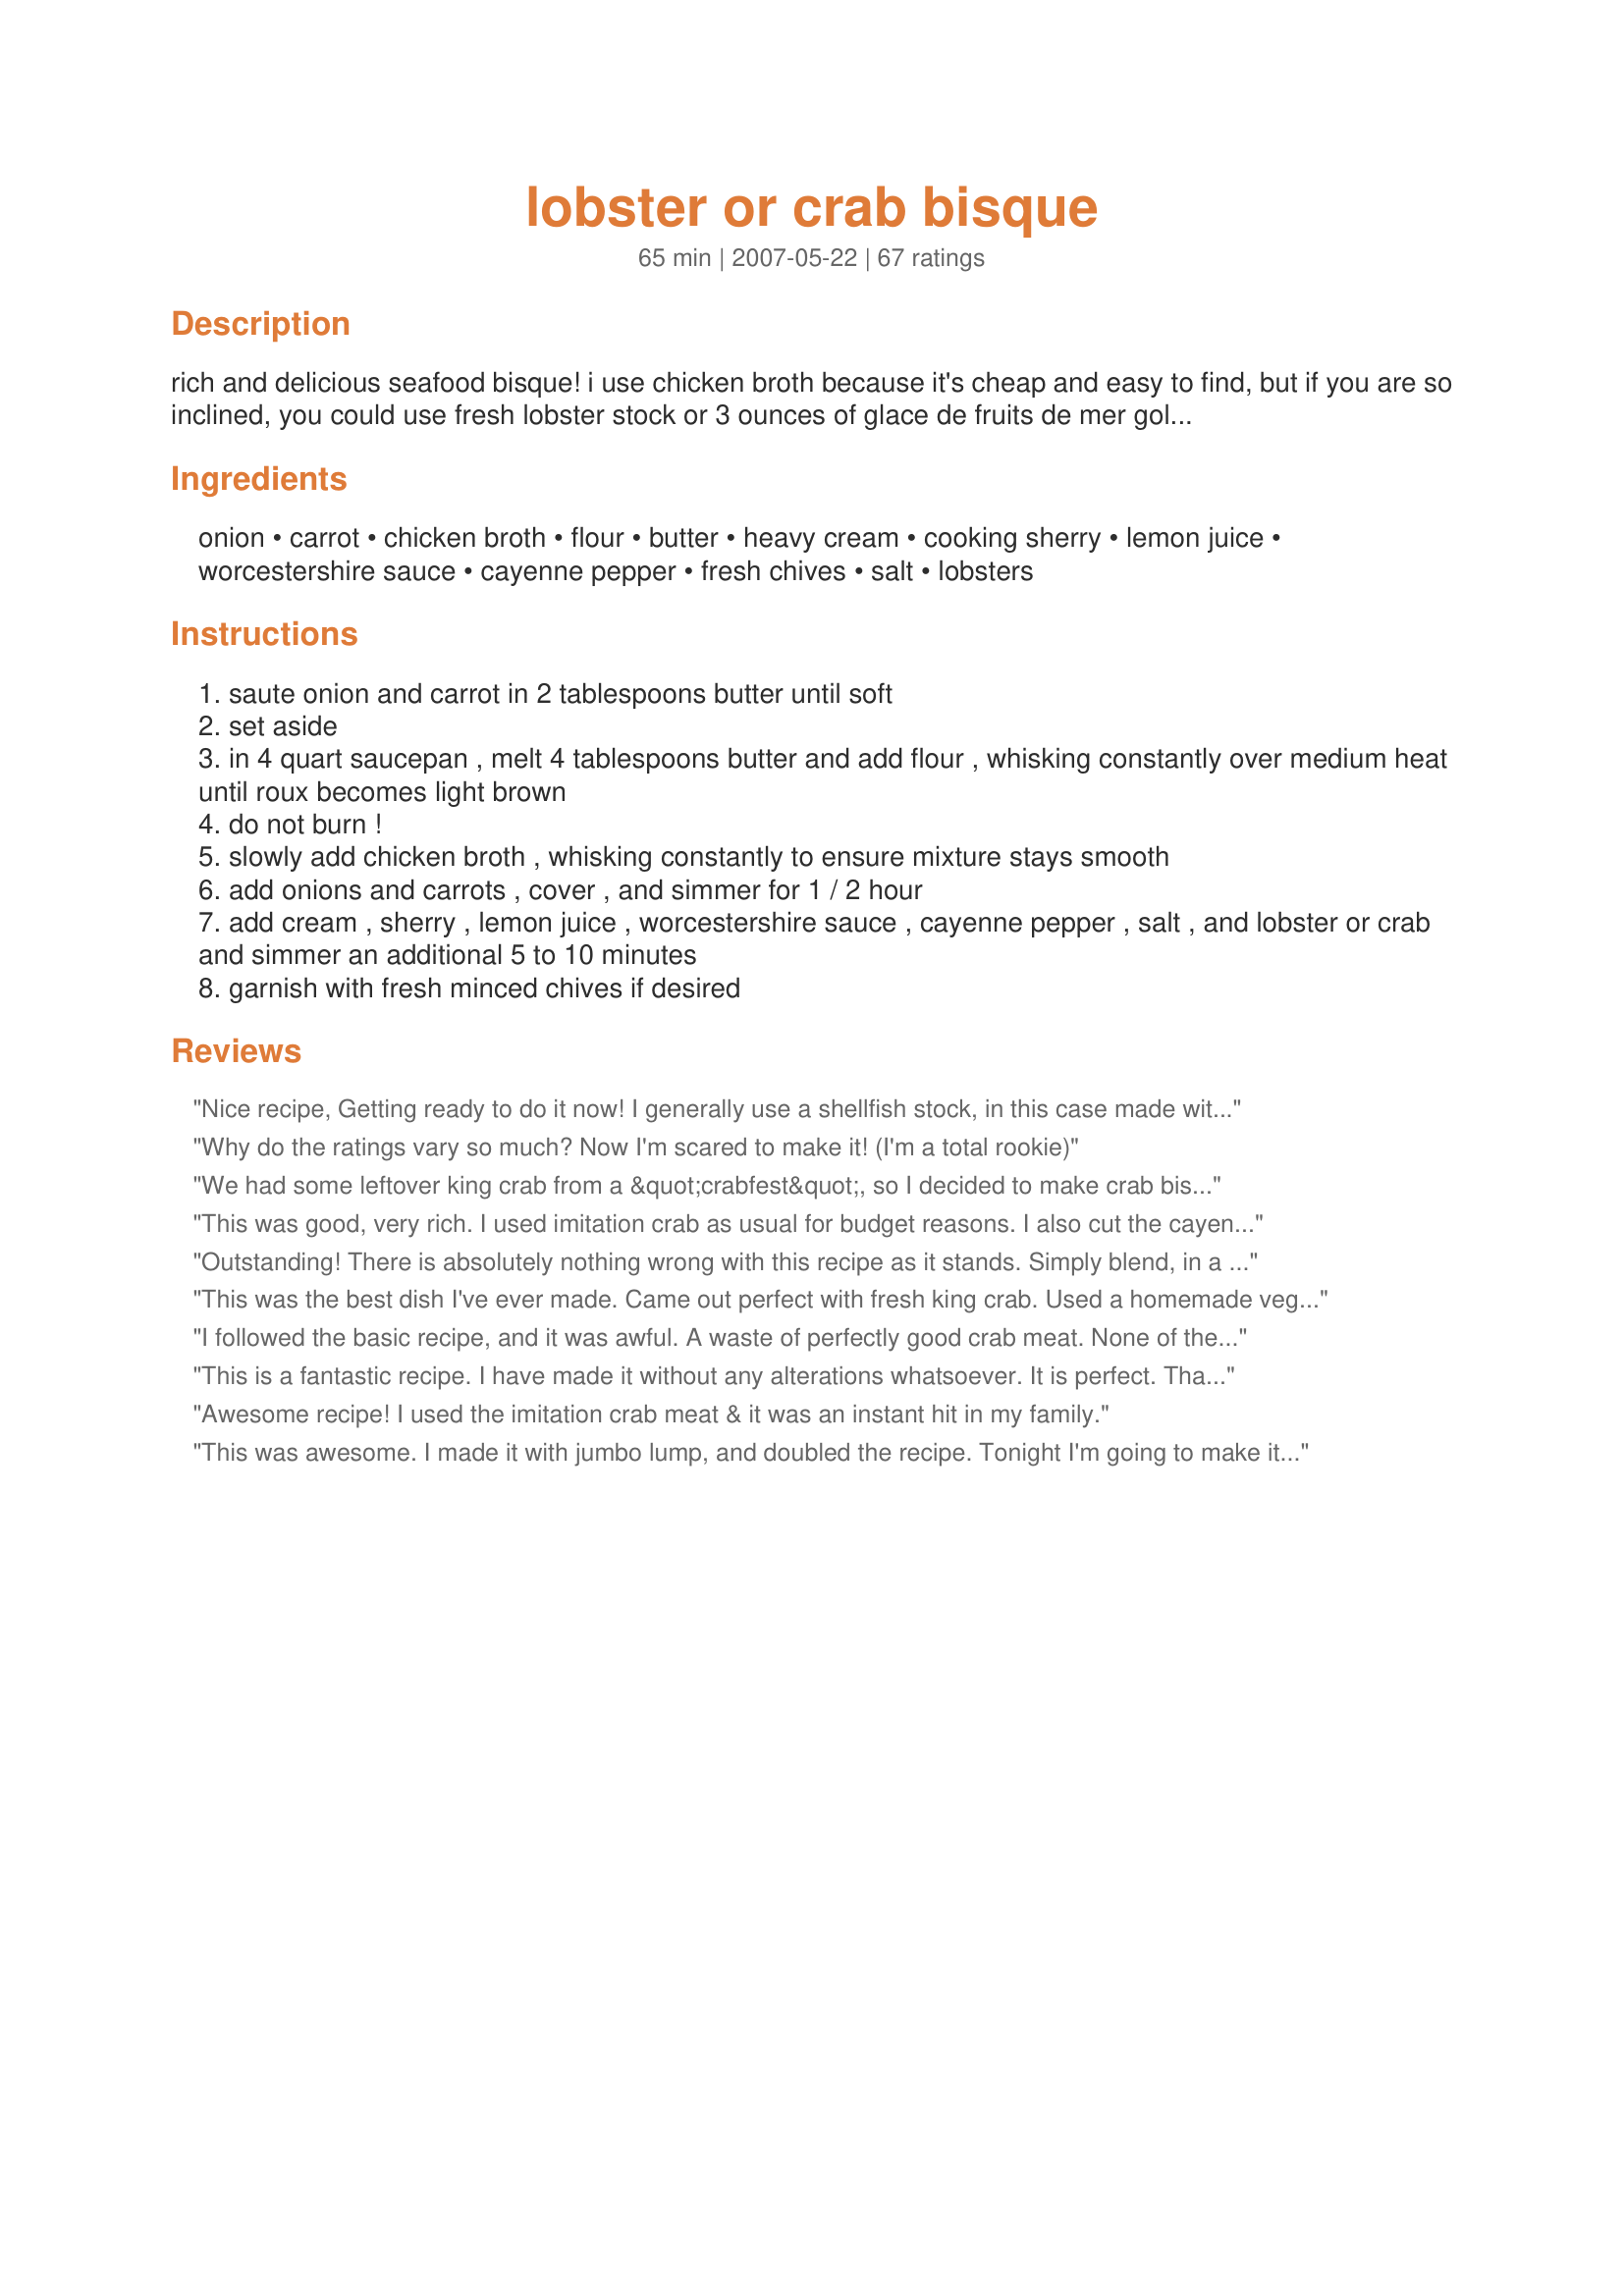
lobster or crab bisque
Preparation time: 65 minutes

rich and delicious seafood bisque! i use chicken broth because it's cheap and easy to find, but if you are so inclined, you could use fresh lobster stock or 3 ounces of glace de fruits de mer gold reconstituted in 4 cups of hot water.

Ingredients:
onion, carrot, chicken broth, flour, butter, heavy cream, cooking sherry, lemon juice, worcestershire sauce, cayenne pepper, fresh chives, salt, lobsters

Steps:
saute onion and carrot in 2 tablespoons butter until soft
set aside
in 4 quart saucepan , melt 4 tablespoons butter and add flour , whisking constantly over medium heat until roux becomes light brown
do not burn !
slowly add chicken broth , whisking constantly to ensure mixture stays smooth
add onions and carrots , cover , and simmer for 1 / 2 hour
add cream , sherry , lemon juice , worcestershire sauce , cayenne pepper , salt , and lobster or crab and simmer an additional 5 to 10 minutes
garnish with fresh minced chives if desired

Reviews:
Nice recipe, Getting ready to do it now! I generally use a shellfish stock, in this case made with the crab shells instead of using chicken stock. I also love the taste of paprika, which along with the cayenne will pink the color right up!
Why do the ratings vary so much? Now I'm scared to make it! (I'm a total rookie)
We had some leftover king crab from a &quot;crabfest&quot;, so I decided to make crab bisque. This was a stunningly delightful recipe. I&#039;ve had lobster bisque at several fancy restaurants, and this beat them all. Here are some comments from my attempt. First, we&#039;re GF, so we made a GF roux by simply exchanging sweet-white-rice flour for the wheat flour and proceeding normally (it worked perfectly!). Second, I left out the carrots because who really needs carrots in a crab bisque (the onions were barely noticeable, so no harm in leaving them in)? Third, I used a ratio of 3/4 chicken broth and 1/4 clam juice. Finally, I was a little concerned about the sherry since some reviewers didn&#039;t use it or like it. I had never cooked with it, so I used it hesitatingly. But my fear was quickly put to rest. You *NEED* to add the sherry! It&#039;s the sherry that gives it the &#039;bisque&#039; flavor. If you don&#039;t add sherry, then it&#039;s just &#039;soup&#039;. I just used cooking sherry from the grocery store. Wow, the bisque tasted SO GOOD!! I&#039;m putting this on a regular meal rotation now!
This was good, very rich. I used imitation crab as usual for budget reasons. I also cut the cayenne to 1/4 tsp which was plenty for us. I only cooked the carrots/onions in roux/broth for 10-15 minutes because it was getting pretty thick. Lots of flavors dancing on the palate. Made with #219522 Chive and Cheddar Biscuits. Thanks for the keeper!
Outstanding! There is absolutely nothing wrong with this recipe as it stands. Simply blend, in a regular cheap ol blender, the soup after you've added everything EXCEPT your crab or lobster. Please note, when you blend hot liquids hold the cover of the blender with your hand or it may blow the cover off and erupt all over you and your kitchen. I blend in short spurts and release the steam in between blending spurts. Hot molecules moving fast will bounce and shoot around. This will smooth out the texture, blend the flavors over all and get that orange color in the photo. After blending add the crab or lobster and simmer for another 10-15 minutes. I use as much crab as I can get (I like to use a lb of lump if it's on sale) and use 24-26 oz. of chicken broth instead of 22. This recipe is bar none the tastiest. When you make the rue listen to the instructions and use the 4 qt. pot (the diameter of the pot is about 5-6 inches)
This was the best dish I've ever made. Came out perfect with fresh king crab. Used a homemade veggie stock instead of chicken. Everything else was made by the recipe. Didn't add much sherry. Follow this and you'll be amazed... rich, flavorful and warms the soul. Doesn't need cheese or croutons, just an appetite.
I followed the basic recipe, and it was awful. A waste of perfectly good crab meat. None of the flavors worked together, the onions were overwhelming, there was too much cayenne, and the base itself wasn't creamy and thick enough.
This is a fantastic recipe. I have made it without any alterations whatsoever. It is perfect. That being said this time I had to use two 8 oz bottles of lobster broth that were to expire. First world problems I know. Not much different and not necessary. Make this and impress everyone.
Awesome recipe! I used the imitation crab meat & it was an instant hit in my family.
This was awesome. I made it with jumbo lump, and doubled the recipe. Tonight I'm going to make it with shrimp. Thanks kerriedoll for a restaurant -quality soup.
Simple to make and delicious! Made with already cooked Jumbo lump crab. Thanks for sharing.
My go to recipe for lobster bisque has lobster base which I couldn't find around my home so I tried this one instead. I was blown away. It was awesome. I added tomato paste and garlic to it. I think my go to tecipe has changed.
This is a fantastic recipe! I do recommend using actual sherry instead of cooking sherry though, and add it before you simmer 30 minutes.
Had a leftover lobster and decide to try this recipe for hubby (huge lobster bisque fan). Got a two thumbs up. Will absolutely make again.
Thanks
I love this. I read the advice about the onion being potentially overpowering and I was looking for something to do with a beautiful leek and a small shallot, so I used those instead of an onion. I also added some paprika for color and used an immersion blender before adding the final ingredients to make a smoother bisque, but I did leave some small pieces of carrot. Speaking of carrot, I shredded the carrot (not minced). I used fat free half and half and I had an ear of corn I had roasted on the grill so I added those kernels as well. Oh yeah, I also used a lobster stock. Finally, my husband had just come home from traveling to Maryland and we had picked some blue crab so I was out on the web searching for something to do with it.&lt;br/&gt;&lt;br/&gt;I always use recipes as a guide and for inspiration - vs following them to a T - and this bisque is out of this world.
I made this for dinner tonight. I followed the recipe except for the heavy cream as I only had 1/2 'n 1/2 and I used one pound of lump crabmeat. It was absolutely delicious! My husband raved on how good it was. I will definitely make it again. It was accompanied by cheese and herb biscuits that my husband made. YUM!
I'm still a novice at cooking I suppose, but this recipe was not only easy to make, but tasted awesome.
I tried this last month and it was exactly what I was looking for. I'm planning to make it again tonight. I did feel that it was missing celery to complete a mirepoix, so I added that with the onions and carrots. I used a gluten free flour because I have celiac disease. I prefer mochi sweet rice flour for making a white roux. I also used a pound of the lump crab meat. When I make it tonight, I will be cooking off the alcohol in the sherry (and I did use real sherry), which too me gave too much of an alcohol flavor adding it as suggested in the recipe. I'll probably add it before the chicken broth and cook it off for ten to twenty minutes.
Would give 4.5 stars if I could. I have made this three times now. I eliminated the carrots because of personal preference. I added three to four large cloves of pressed garlic, a chopped medium tomato, and about 1/2 cup of chopped zucchini. I added an additional 1/3 cup of sherry because I like the strong taste and kept the cayenne as written. I adore this recipe! I double the recipe and then eat it as lunch at work for three days, along with some crusty bread.
This was absolutely decadent. Better than Ruth's Chris' bisque IMHO, which has always been my favorite. The next day it tasted even better.
Awesome!! I didn't have sherry so I used a Port that I had on the shelf. I also pureed the base right before adding the crab. Turned out fabulously. this is a keeper
We love bisque so we doubled the batch. The recipe held true and was delicious! We adjusted somewhat by substituting low sodium chicken broth and adding an additional cup of low fat milk. This recipe will be on the menu at least twice a year from now on!
This is my go to ingredients for my crab bisque! The flavor is AMAZING! I am not an onion lover but for the sake of flavor I use a 1/2 cup and smooth the texture, except for the meat. It's so rich and creamy, it's my favorite soup/bisque. I make a different soup every week in the winter. But this one I made twice so far! Thanks for the perfect base of ingredients!
I made this last night for my DH's birthday and we loved it! I rate it as a five star and my DH rates it as a 4.5 star. (He could not say why it was not five star. . . ) I made it as directed, but added extra lemon as previously suggested. Oh, also, after reading other recipes, I simmered the lobster scraps in water and added a little lobster base to create my own lobster stock to use instead of the chicken broth. I will be making this again!
My man and I loved it. I had the time and went the extra mile and a half... and made crab stock from the crushed shells and veggies. (just like a chicken stock but shells not bones.) The dungeness were steamed last night.
i agree very tasty..but i to cut down on the sherry.....i added shrimp, crab & crawfish meat....and at the end stirred in 2T butter....for that extra richness.....i also put the t. paste in......good recipe thanks
This was wonderful. I did the crab bisque and did use better than boullion lobster stock. MMMMMM!!!! I have never made a bisque before and this was great. I will make again when I can get some lobster that does not cost an arm and a leg.
Better than restaurant quality. I added about one TB of tomato paste and whipping cream instead of heavy cream. I also soaked the crab pieces in the sherry before adding to final soup mixture. What a show stopper!
Very simple and easy to make. My husband loved it, but next time I will cut way back on the Sherry. I used Harvey's Bristol Creme as opposed to regular cooking Sherry. I am not certain if it made a difference, but I found the taste and smell of the Sherry overwhelming. I certainly have nothing against alcohol, but it was just too much for my taste.
I'm not submitting a star rating, since I changed the recipe a little. I used three cans of canned crab meat, omitted the carrots, and added about 1/4 cup of white wine (I reduced the amount of chicken stock by that amount). I found that this soup was pretty thin; I was expecting it to be more thick and creamy. The taste was just OK for me - the sherry and cayenne were pretty strong. Thanks for posting an easy recipe that was nice to try. :)
This recipe is excellent. It kind of tastes like she crab soup. I used less onion because of other posts, but I think I could have used the full cup. I used about a pound of crab that we netted on the Oregon coast. Also I used 1/2 and 1/2. My husband and I both loved it. Will make it again.
I made crab bisque for the first time using this recipe. Used chicken broth in place of sherry &amp; grated the onions &amp; carrots. The soup was very flavor able, rich &amp; creamy but not the orange/pink color that was in the picture. Can I add something to get that color?
Creamy and delicious, a nice ratio of elements. The next time I make this, (which will probably be soon!) I would change a few bits. I'd substitute the cayenne with black pepper. I'd throw in just a pinch of the cayenne. I'd add garlic, and a little tomato paste like one of the other reviewers suggested. (great idea!)<br/><br/>All in all, very nice. We had this with a sourdough loaf and it was so delicious, I was bummed to see my bowl empty so fast! <br/><br/>I used a 1/2 pound of dungeness crab. I omitted the sherry. Added an extra tbsp butter.
Nice , easy recipe, but the next time I will omit the sherry. Also I will double it and use a more lobster.
I added a couple heaping tablespoons of tomato paste and i blended all the ingredients (including 1/2 the crab) in the food processor for a few minutes prior to adding the cream, sherry (which i used red wine) and the rest of the crab and serving. I also doubled the amount of heavy cream in stirred in, and eliminated the worchestershire sauce. Yum Yum. Highly recommended. Play with it for flavor.
Good as written, but (on the advice of others) I tweaked it a bit: - A bit more cayenne pepper than called for - A squeeze of double-concentrated tomato paste - A bit of red wine - Low sodium chicken broth (personal preference - I find the regular too salty in general) Play around with it - there's certainly room for flexibility in this recipe! I made this version with lobster, but next time I'll try it with crab.
I made this for my mother in law for Mothers Day and it was fantastic! Easy to make and very rich! We added Garlic and Cheese croutons and it just gave it an extra kick!
Very nice recipe. Definitely everything I would expect of a lobster bisque. The only change I made was to puree all the ingredients to make it a cream soup. I ended up adding a little more cream, sherry, chicken stock and lemon juice, just because I had it on the burner while making other things and it dried out a bit. Tasty, will make again.
This was a delicious bisque, but I recommend cutting the cayenne in half. It was uncomfortably hot and overwhelmed the crab. Fresh corn in the summer would make a great addition. All in all a great recipe!
fantastic. I was fortunate enought to have enough king crab that I added 1/4 lb to each bowl. it was so good that guests were emailing me days later and asking for the recipe.
WOW! What a great tasting soup! Very rich and creamy!<br/>I actually added more onions than called for and a little more cayenne pepper...we like it hot. I did add 1 teaspoon of Old Bay Seasoning as well and cut the sherry down to 1/4 cup. Thanks for posting... i will definitely make this one again!
I made this twice within a month. There is not 1 thing I would change about this recipe. Just made it this morning craving it all night long. I am also glad my husband cannot eat crab, just more for me. thanks for the great recipe.
If you're looking for an amazing full flavored crab/lobster stew, look no further. Tasted great, but the flavor was pretty overwhelming. To bring it back to more of a soup-esque style, I suggest:<br/><br/>Reducing amount of sherry to 1/3 cup<br/>In addition to the cream, add a cup of regular milk (I used skim)<br/>Add a tablespoon of tomato paste (good call Chef #1105875) for that nice pink color<br/><br/>Definitely a show stopper. Nice.
made this recipe this evening - I omitted the cooking sherry because i didn't have any, other than that i followed the recipe exactly. I thought it tasted a little bland, so I started adding different spices. Starting with Old Bay Seasoning, then Garlic Powder, and my husband suggested the last thing (the topper) Celery Salt. This recipe is definitely a keeper in our house!
Just what I was looking for! I did change it a bit though. Instead of heavy cream I used whipping cream. I took out the carrots and added sweet corn for a crab and corn bisque. Thanks for the recipe!
I would like to say that I followed this recipe to the letter, But I did use 3 x 4oz. lobster tails, and I used 4 big king crab claws to it. I also added some 2 handfuls of parmesan cheese. It was like a piece of heaven. It was so good and rich. I'm not sharing this with anyone but hubby for right now. It's easy, its flavorful, everything you could ever want in a bisque. It's one that I'm going to make over and over again. Thank you so much for a wonderful recipe!
Easy to make, very easy to follow recipe, rich and delicious flavor. Double check to amount of Cayenne pepper, for some of my guests it was a bit of a kick!
This was excellent. Based on the other reviews I did cut the sherry in half. Nice spiciness to this, very rich. I also used homemade chicken stock. Will definitely use this recipe again. Only change I might make next time is using 1/2 and 1/2 instead of heavy cream next time.
I just whipped up a pot of this using Blue Crab claw meat and following the recipe pretty much as written and am very pleased with the results. It?s very similar to the crab bisques I remember from youth in Southern Maryland. I ended up adding a pinch more cayenne than called for and a few cranks of the pepper mill to suite my own tastes. But really, the recipe needs little embellishment. I?m definitely going to try it again with lobster.
I have never written a review on a recipe before, that&#039;s how awesome this recipe is. I know a fair amount about good bisque. After finding an incredibly extensive recipe that involved saut&eacute;ing the shells (!) I settled on this one to use around 1/2 pound of leftover grilled lobster. I didn&#039;t really change anything, just used a tad less lemon juice as I actually am not a lemon fan, but I did use Better that Bouillon Lobster stock (22 ounces water with 1 1/2 tablespoon of Lobster BTB) instead of chicken stock. I was actually shocked when I tasted the finished product. I didn&#039;t say anything; wanted to get the other half&#039;s opinion in case I was overrating myself. He took 2 or 3 spoonfuls and declared that it was the best bisque he had ever had. So we agreed! I just can&#039;t say enough about how good this was. We have had many lobster bisques in some expensive restaurants. And we are lazy and we can&#039;t wait to make this again, and both agreed next time we are going to puree it after it&#039;s done (as many high-end restaurants do) to see if we could make it even better! We are also going to try it with Port Canaveral, FL &quot;royal red&quot; shrimp; we think it will be equally delicious! Thank you so much for this recipe. It is definitely already in the recipe file!
I cut down on the Sherry to 1/4 cup simply because I am not used to cooking with it and the flavor tends to be too overwhelming for me. <br/><br/>I can't say this was bad, but there really wasn't anything special about the flavor. No one in my house raved about it. It was kind of bland. I recommend spicing it up and serving with garlic bread.
Great recipe! My family loved it. I followed the advice of the previous reviewer and cut back the sherry to 1/3 cup and added about 1/2 cup of milk. Good advice as the sherry gives a strong flavor. I would also use less cayenne pepper next time. It was just a little too spicy! All in all a great recipe. Will definitely make again! Oh, I also substituted the flour for gluten free flour because I have celiac and it was great!
My husband and I had tried the sherry crab bisque at a restaurant called Atria&#039;s and really enjoyed it. We decided to try making it for ourselves, I have to say I was extremely impressed with this recipe. It definitely has a kick. I used a sweet onion and omitted the carrots(we do not like them). Some people said the onion was over powering? I really like onions, but I could barely taste them. So I guess I would suggest used a sweet onion if you aren&#039;t a fan of a super strong onion tastes. The only thing I will do differently next time is cut the cayenne pepper back by half.
Excellent! Very nice flavor and texture-thanks!
This was a great recipe! I did add a Tbs of tomato paste and 1 cup of milk--and would definitely add all of the sherry. Thank you for a great use of leftover crab!
I thought that this was a very good recipe. My version was the crab bisque. I like a more orange color with my bisque, and I probably could have added more butter/red ingredients to create that blend. Some additions that really helped the overall flavor were bay leaf, garlic powder and a pinch of paprika. Otherwise, I stuck to the recipe. I didn't have carrots, but didn't really need them. The dish was creamy and delicious!
Great flavor! To make any bisque gluten free thicken with corn starch after all ingredients are incorporated instead of using flour; also saves time from constant turning of roux and possibly burning it. In separate bowl dissolve 1/4 cup corn starch with 1/3 cup of cold water until completely dissolved and there is no lump, add more cold water if needed. While broth is boiling slowly pour corn starch and stir at same time so that no lump will appear. Keep stirring until broth thickens. Adjust desired thickness with more or less corn starch. It will continue to thicken a little more when bisque cools down. To prevent dilution of flavor use cold broth or room temperature sherry to dissolve corn starch or simply adjust salt to taste.
I cook via eyeballing ingredients and taste versus exact measurements. This recipe was a great hit with my entire family.
I wish I would have read the reviews to omit the sherry :( I made bisque several times but the sherry was too overwhelming. My kids have been teasing me about how the bisque turned out! Probably would be a 4star if I looked at the tweaks.
LOVE LOVE LOVE this recipe! My family raved about it the whole time they were eating. I did make a few modifications. There was no sherry in the panty so I added an extra half cup of heavy cream. I reduced the cayenne pepper to 1/8th of a tsp since my 4 year old isn&#039;t too fond of spicy food. Oh, and I added 1/2 cup of celery and reduced the carrots to 1/2 cup. This recipe is a keeper! YUM!
Don&#039;t make this. It isn&#039;t Crab Bisque. Carrots? I made this tonight, followed recipe exactly. Being from California my husband said it perfectly
This recipe was mediocre at best as it turns out to be more of an onion and crab/lobster bisque (I wasn't looking for an onion bisque recipe). This recipe calls for way too much onion (1 cup minced). It is overpowering and distracts from the essence of the bisque. I recommend cutting down the onion to 1/4 to 1/3 cup at most. I also think the carrot is a bit much and would recommend 3/4 cup minced carrots. I also added another 4 oz. of crab to help overcome the overpowering onion. I would give the recipe 2.5 stars if able (as written). Sorry...this one missed the mark.
I&#039;m not very familiar with eating bisque, let alone cooking it, but I love shellfish! I used unsalted real butter because that is what I had (added kosher salt as needed for taste), and I used 1/2 and 1/2 in replace of cream. I used very expensive &quot;good&quot; cayenne pepper which made the soup have a strong kick which everyone RAVED about (I prefer mine a little less potent). &lt;br/&gt;&lt;br/&gt;Also, I saw that one of the reviews said it was too thick, so when I saw that happening, I added more chicken broth (had a carton that was 13 ounces and used all of it. &lt;br/&gt;&lt;br/&gt;Crab used was waterfront fresh crab claw.. and it worked just fine ($8 for half lb vs. $15 for lump crab). Fresh chives are good with it. Bravo! I&#039;d most certainly make this again (with slightly less cayenne to taste.)
Very rich and creamy. Added canned crab and it was very tasty. did not really need salt - did not have sherry so substituted apple cider vinegar and water and it had a nice kick!
It was very good, full of flavour. I used fresh crab.&lt;br/&gt;My only recipe deviation was that rather than mince the carrot I shredded it finely which I think helped give the soup a nice golden colour
This recipe was tasty, but a little too strong on the sherry to be five stars. I omitted using the carrots, used bottled clam juice instead of chicken stock, added 1 T of tomato paste to made it the pink color. Next time around I think I'll use half the sherry indicated and it'll be perfect. Thanks for posting, Kerriedoll.
The key to good crab or lobster bisque is a couple of things. 1) add a good tablespoon or two of tomato paste. This adds a dimension to the bisque that is incomparable; 2) buy some Better Than Bouillon Lobster Basehttps://www.amazon.com/Better-Than-Bouillon-Lobster-Ounce/dp/B00016LA8Y/ref=sr_1_16_s_it?s=grocery&amp;ie=UTF8&amp;qid=1522436993&amp;sr=1-16&amp;keywords=better%2Bthan%2Bbouillon&amp;th=1 . You won't regret it. It's so much better than chicken broth. Use either McCormick's Old Bay Seasoning or J. O. Crab Seasoning http://store.jospices.com/j-o-no-2-crab-house-spice-16oz-container.aspx You will find you have a restaurant quality crab bisque.
Queenofcamping got it right in her review! This is an awesome and really quite fast soup. I've made it twice now and just had to come back to do a review. It's rich but not overly so and very tasty! As with most cooks I love to make every recipe "my own" so I did make a few changes to fit our family. First rather than chicken broth, I used chicken stock. I think it gives it a less "canned" taste has a bit less sodium. Second, I used Harvey's Bristol Cream Sherry rather than cooking sherry. The alcohol cooks out and the flavor is just scrumptious. Finally, we don't do "hots" at our house so the cayenne got switched out in favor of a fabulous smokey paprika. The Phillips jumbo lump crab meat was the icing on the cake but we used a full pound of it. It did not make the soup too chunky but you did get crab in every bite. Thanks for this wonderful recipe. It's in my permanent book!
